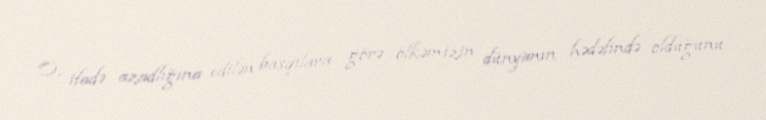
O, ifadə azadlığına edilən basqılara görə ölkəmizin dünyanın hədəfində olduğunu